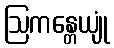
ဩကန္တေယျုံ